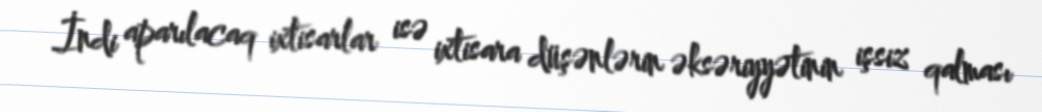
İndi aparılacaq ixtisarlar isə ixtisara düşənlərin əksəriyyətinin işsiz qalması